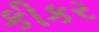
કીકર